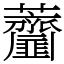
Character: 𧆌